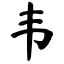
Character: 韦